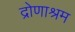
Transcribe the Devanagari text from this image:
द्रोणाश्रम